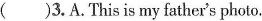
( )3. A. This is my father's photo.